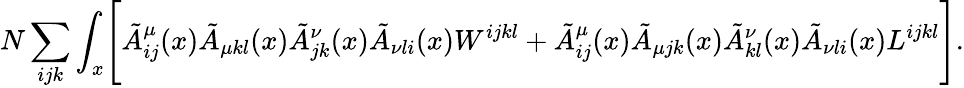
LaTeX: N\sum_{ijk}\int_{x}\Biggl[\tilde{A}_{ij}^{\mu}(x)\tilde{A}_{\mu kl}(x)\tilde{A}_{jk}^{\nu}(x)\tilde{A}_{\nu li}(x)W^{ijkl}+\tilde{A}_{ij}^{\mu}(x)\tilde{A}_{\mu jk}(x)\tilde{A}_{kl}^{\nu}(x)\tilde{A}_{\nu li}(x)L^{ijkl}\Biggr].